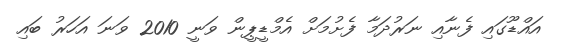
އައްޑޫގައި ފެނާއި ނަރުދަމާ ފެށުމަށް އެމްޑީޕީން ވަނީ 2010 ވަނަ އަހަރު ބައި